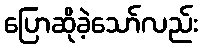
ပြောဆိုခဲ့သော်လည်း